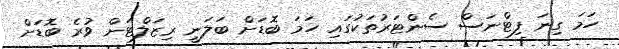
ހަމަ ގިނަ ފިޓްނަސް ސެންޓަރުތަކުގައި ހަމަ ބޮޑަށް ބަލަނީ ރިޒަލްޓަށް ވުރެ ބޮޑަށް